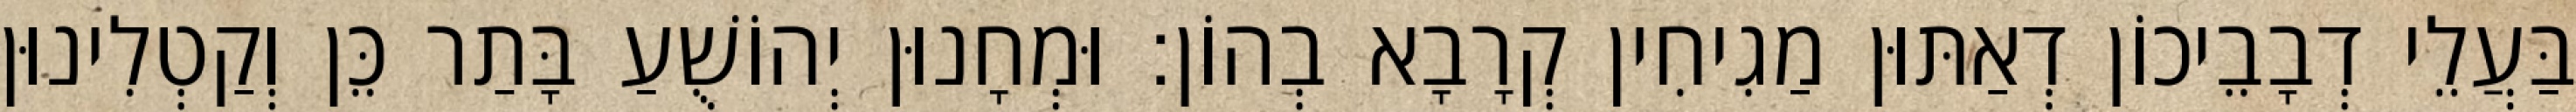
בַּעֲלֵי דְבָבֵיכוֹן דְאַתּוּן מַגִיחִין קְרָבָא בְהוֹן׃ וּמְחָנוּן יְהוֹשֻׁעַ בָּתַר כֵּן וְקַטְלִינוּן